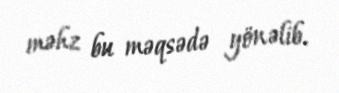
məhz bu məqsədə yönəlib.